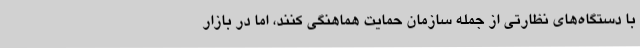
با دستگاه‌های نظارتی از جمله سازمان حمایت هماهنگی کنند، اما در بازار